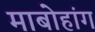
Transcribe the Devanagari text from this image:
माबोहांग